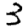
Digit: 3